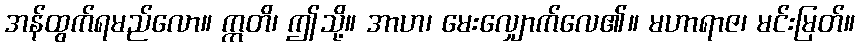
အန်ထွက်ရမည်လော။ ဣတိ၊ ဤသို့။ အာဟ၊ မေးလျှောက်လေ၏။ မဟာရာဇ၊ မင်းမြတ်။